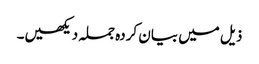
ذیل میں بیان کردہ جملہ دیکھیں۔